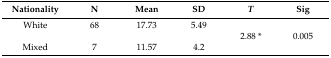
<table><thead><tr><td><b>Nationality</b></td><td><b>N</b></td><td><b>Mean</b></td><td><b>SD</b></td><td><b><i>T</i></b></td><td><b>Sig</b></td></tr></thead><tbody><tr><td>White</td><td>68</td><td>17.73</td><td>5.49</td><td></td><td></td></tr><tr><td></td><td></td><td></td><td></td><td>2.88 *</td><td>0.005</td></tr><tr><td>Mixed</td><td>7</td><td>11.57</td><td>4.2</td><td></td><td></td></tr></tbody></table>